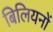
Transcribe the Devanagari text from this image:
बिलियनों